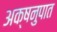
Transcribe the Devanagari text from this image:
अक्षनुपात